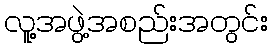
လူ့အဖွဲ့အစည်းအတွင်း